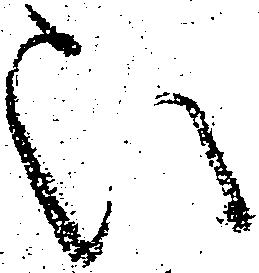
被